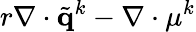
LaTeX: r\mathbf{\nabla}\cdot\tilde{\mathbf{q}}^{k}-\mathbf{\nabla}\cdot\mathbf{\mu}^{k}